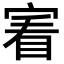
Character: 𡩒